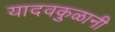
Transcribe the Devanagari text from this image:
यादवकुळानी